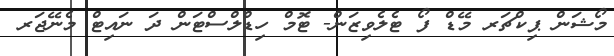
މޯޝަން ޕިކްޗަރ މޭޑް ފޯ ޓެލެވިޒަން- ޓޮމް ހިޑްލްސްޓަން ދަ ނައިޓް މެނޭޖަރ